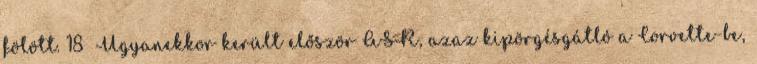
fölött. 18 Ugyanekkor került először ASR, azaz kipörgésgátló a Corvette-be,